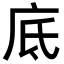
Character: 底